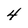
Character: 4